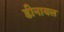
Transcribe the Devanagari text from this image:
डीनायल